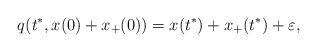
LaTeX: \begin{align*}q(t^*,x(0)+x_+(0))=x(t^*)+x_+(t^*)+\varepsilon,\end{align*}